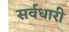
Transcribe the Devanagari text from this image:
सर्वधारी